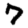
Digit: 7